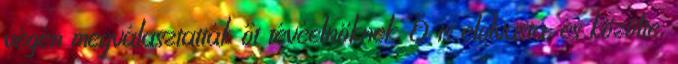
végén megválasztatták őt tévéelnöknek. Ő is elolvasta, és közölte,